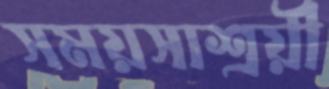
সময়সাশ্রয়ী